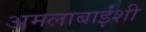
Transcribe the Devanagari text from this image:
अमलाबाईंशी